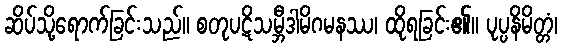
ဆိပ်သို့ရောက်ခြင်းသည်။ စတုပဋိသမ္ဘီဒါမိဂမနဿ၊ ထိုရခြင်း၏။ ပုပ္ပနိမိတ္တံ၊